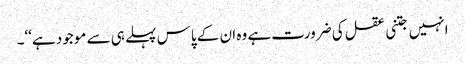
انہیں جتنی عقل کی ضرورت ہے وہ ان کے پاس پہلے ہی سے موجود ہے‘‘۔